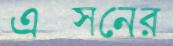
এক্সনের